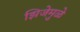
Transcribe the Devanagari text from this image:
झिजेमुळे